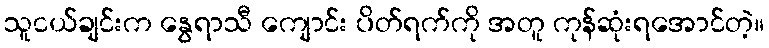
သူငယ်ချင်းက နွေရာသီ ကျောင်း ပိတ်ရက်ကို အတူ ကုန်ဆုံးရအောင်တဲ့။